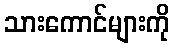
သားကောင်များကို